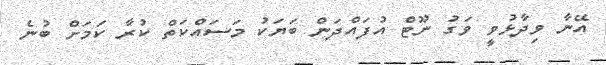
އޭނާ ވިދާޅުވީ ވަގު ނޫޓް އުފައްދަން ބަޔަކު މަސައްކަތް ކުރާ ކަމަށް ބުނެ